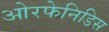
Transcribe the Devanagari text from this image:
ओरफेनिडिस